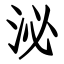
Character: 泌